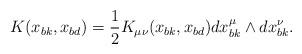
LaTeX: \begin{align*}K(x_{bk},x_{bd})={1\over 2}K_{\mu\nu}(x_{bk},x_{bd})dx_{bk}^\mu \wedge dx_{bk}^\nu.\end{align*}